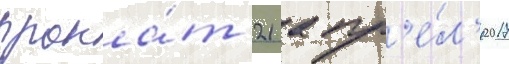
прока́т 21 апр'е́л'я 2017